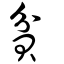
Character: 貧